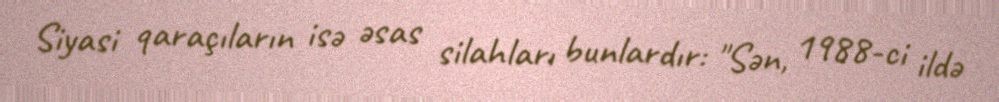
Siyasi qaraçıların isə əsas silahları bunlardır: "Sən, 1988-ci ildə